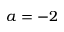
a = - 2